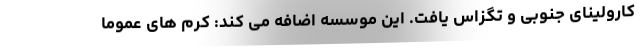
کارولینای جنوبی و تگزاس یافت. این موسسه اضافه می کند: کرم های عموما